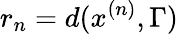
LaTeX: r_{n}=d(x^{(n)},\Gamma)